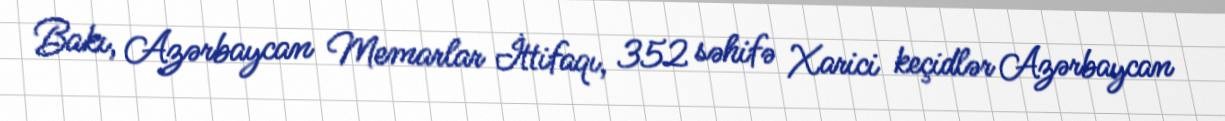
Bakı, Azərbaycan Memarlar İttifaqı, 352 səhifə Xarici keçidlər Azərbaycan